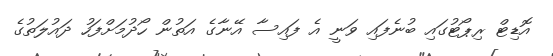
އޮޑިޓް ރިޕޯޓުގައި ބުނެފައި ވަނީ އެ ފައިސާ އޭނާގެ އަތުން ހޯދުމަށްފަހު ދައުލަތުގެ